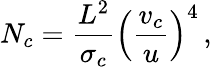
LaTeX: N_{c}=\frac{L^{2}}{\sigma_{c}}\left(\frac{v_{c}}{u}\right)^{4}\, ,